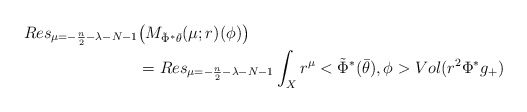
\begin{align*} Res_{\mu=-\frac n2-\lambda-N-1}&\big(M_{\tilde{\Phi}^*\bar{\theta}}(\mu;r)(\phi)\big)\\ &=Res_{\mu=-\frac n2-\lambda-N-1}\int_X r^\mu<\tilde{\Phi}^*(\bar{\theta}),\phi>Vol(r^2\Phi^* g_+) \end{align*}